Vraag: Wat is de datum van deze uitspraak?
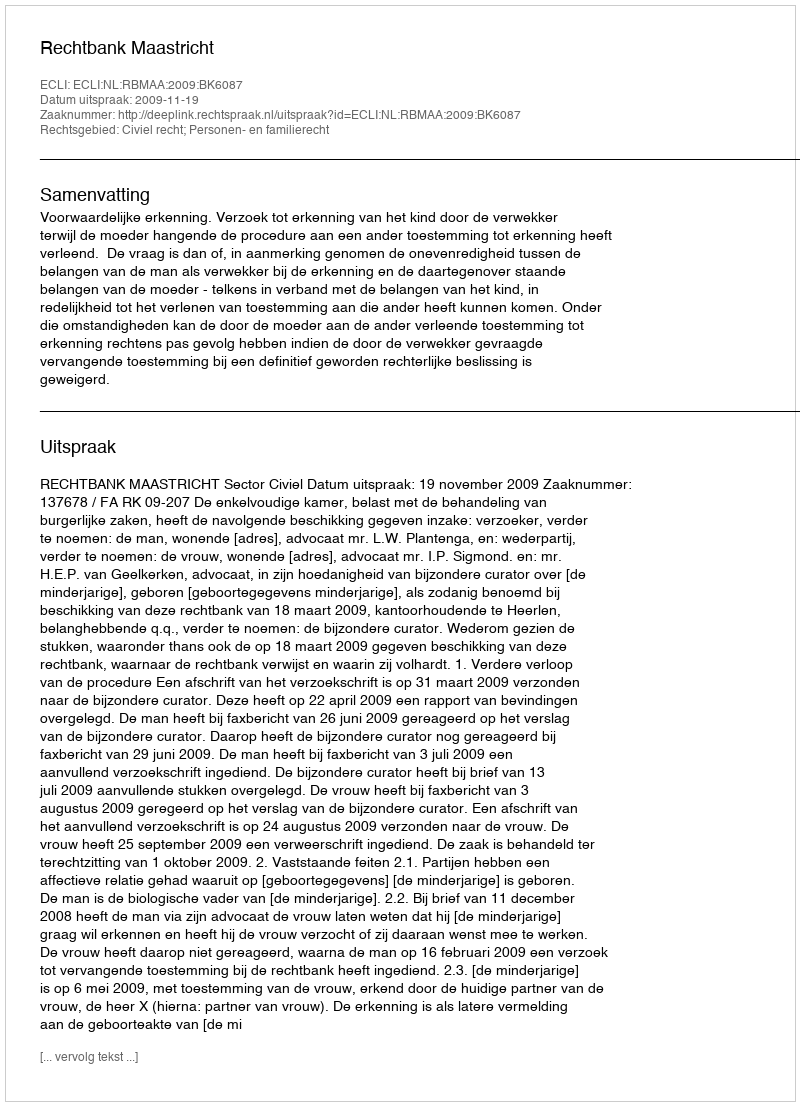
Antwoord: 2009-11-19